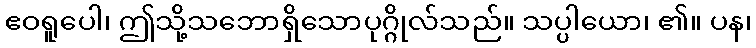
ဧဝရူပေါ၊ ဤသို့သဘောရှိသောပုဂ္ဂိုလ်သည်။ သပ္ပါယော၊ ၏။ ပန၊